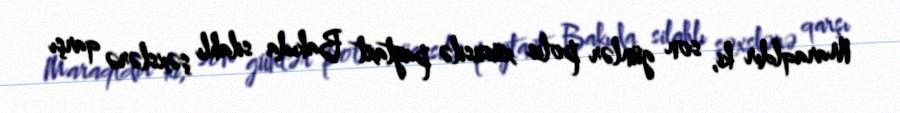
Maraqldır ki, son günlər polis xüsusilə paytaxt Bakıda silahlı şəxslərə qarşı